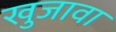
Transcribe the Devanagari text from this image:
खुजावा